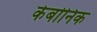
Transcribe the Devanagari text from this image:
केबोनिक